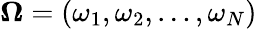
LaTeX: \mathbf{\Omega}=(\omega_{1},\omega_{2},\dots,\omega_{N})